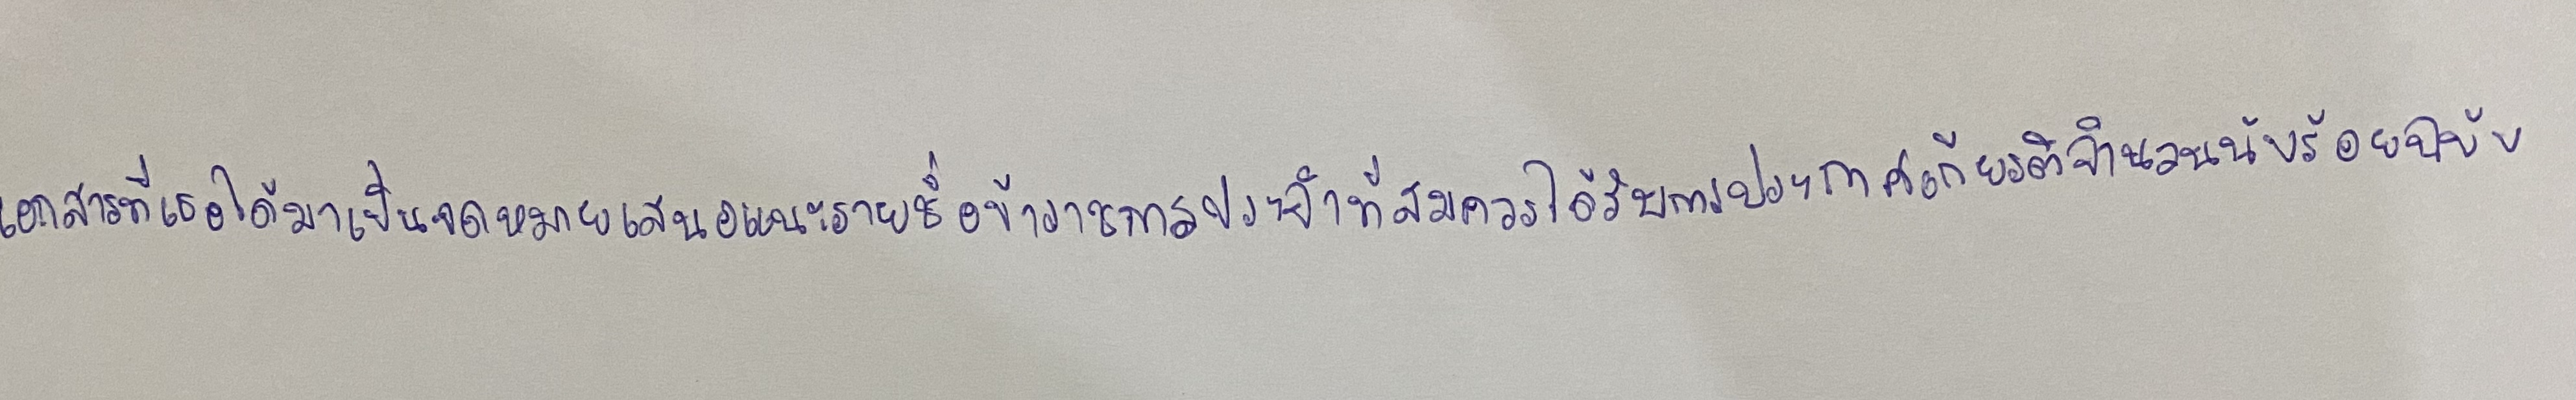
เอกสารที่เธอได้มาเป็นจดหมายเสนอแนะรายชื่อข้าราชการประจำที่สมควรได้รับการประกาศเกียรติจำนวนนับร้อยฉบับ